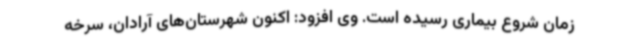
زمان شروع بیماری رسیده است. وی افزود: اکنون شهرستان‌های آرادان، سرخه